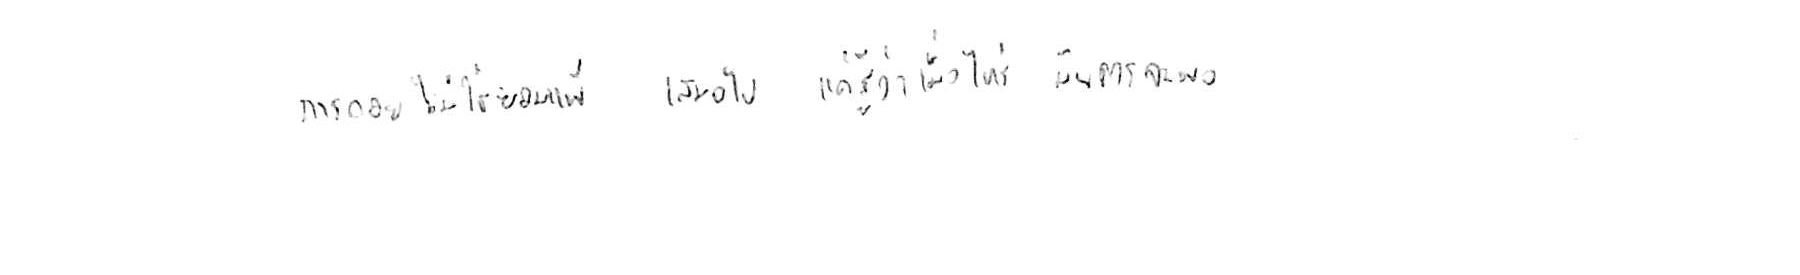
การถอย ไม่ใช่ยอมแพ้ เสมอไป แค่รู้ว่าเมื่อไหร่ มันควรพอ